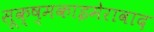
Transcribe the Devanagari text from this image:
सूक्ष्मकाइमेरावाद